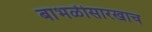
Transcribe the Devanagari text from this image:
बाभळीसारखाच